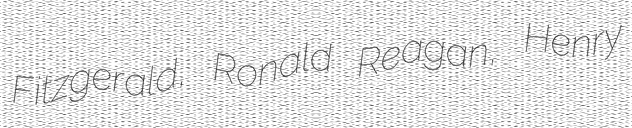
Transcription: Fitzgerald, Ronald Reagan, Henry